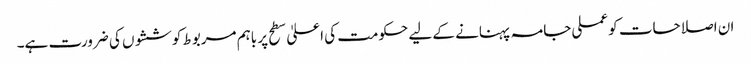
ان اصلاحات کو عملی جامہ پہنانے کے لیے حکومت کی اعلیٰ سطح پر باہم مربوط کوششوں کی ضرورت ہے۔